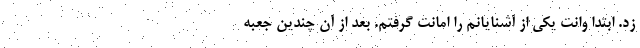
زد. ابتدا وانت یکی از آشنایانم را امانت گرفتم. بعد از آن چندین جعبه